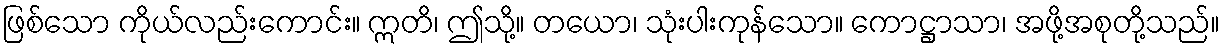
ဖြစ်သော ကိုယ်လည်းကောင်း။ ဣတိ၊ ဤသို့။ တယော၊ သုံးပါးကုန်သော။ ကောဋ္ဌာသာ၊ အဖို့အစုတို့သည်။